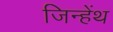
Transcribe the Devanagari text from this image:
जिन्हेंथ